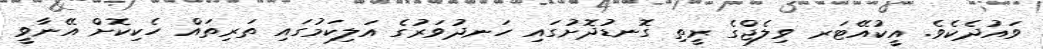
ވައުދެކެވެ. އީކުއޭޓަރ ވިލެޖްގެ ރީތި ގޮނޑުދޮށުގައި ހަނދުވަރުގެ އަލިކަމުގައި ތަރިތައް ހެކިކޮށް އޭނާވީ